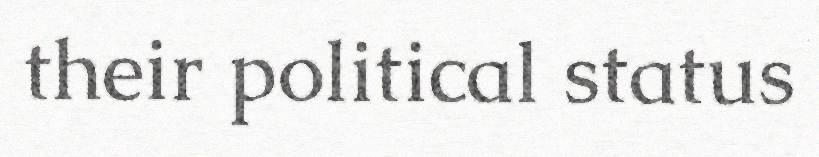
their political status